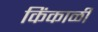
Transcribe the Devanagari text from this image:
किंकाळी